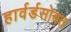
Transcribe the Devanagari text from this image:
हार्वर्डसोबत